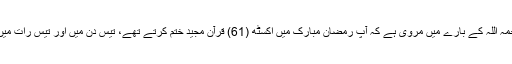
امام اعظم ابوحنیفہ رحمہ اللہ کے بارے میں مروی ہے کہ آپ رمضان مبارک میں اکسٹھ (61) قرآن مجید ختم کرتے تھے، تیس دن میں اور تیس رات میں اورایک تراویح میں۔